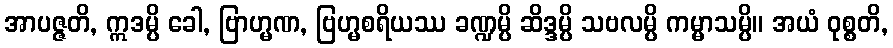
အာပဇ္ဇတိ, ဣဒမ္ပိ ခေါ, ဗြာဟ္မဏ, ဗြဟ္မစရိယဿ ခဏ္ဍမ္ပိ ဆိဒ္ဒမ္ပိ သဗလမ္ပိ ကမ္မာသမ္ပိ။ အယံ ဝုစ္စတိ,